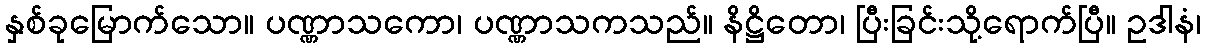
နှစ်ခုမြောက်သော။ ပဏ္ဏာသကော၊ ပဏ္ဏာသကသည်။ နိဋ္ဌိတော၊ ပြီးခြင်းသို့ရောက်ပြီ။ ဥဒါနံ၊